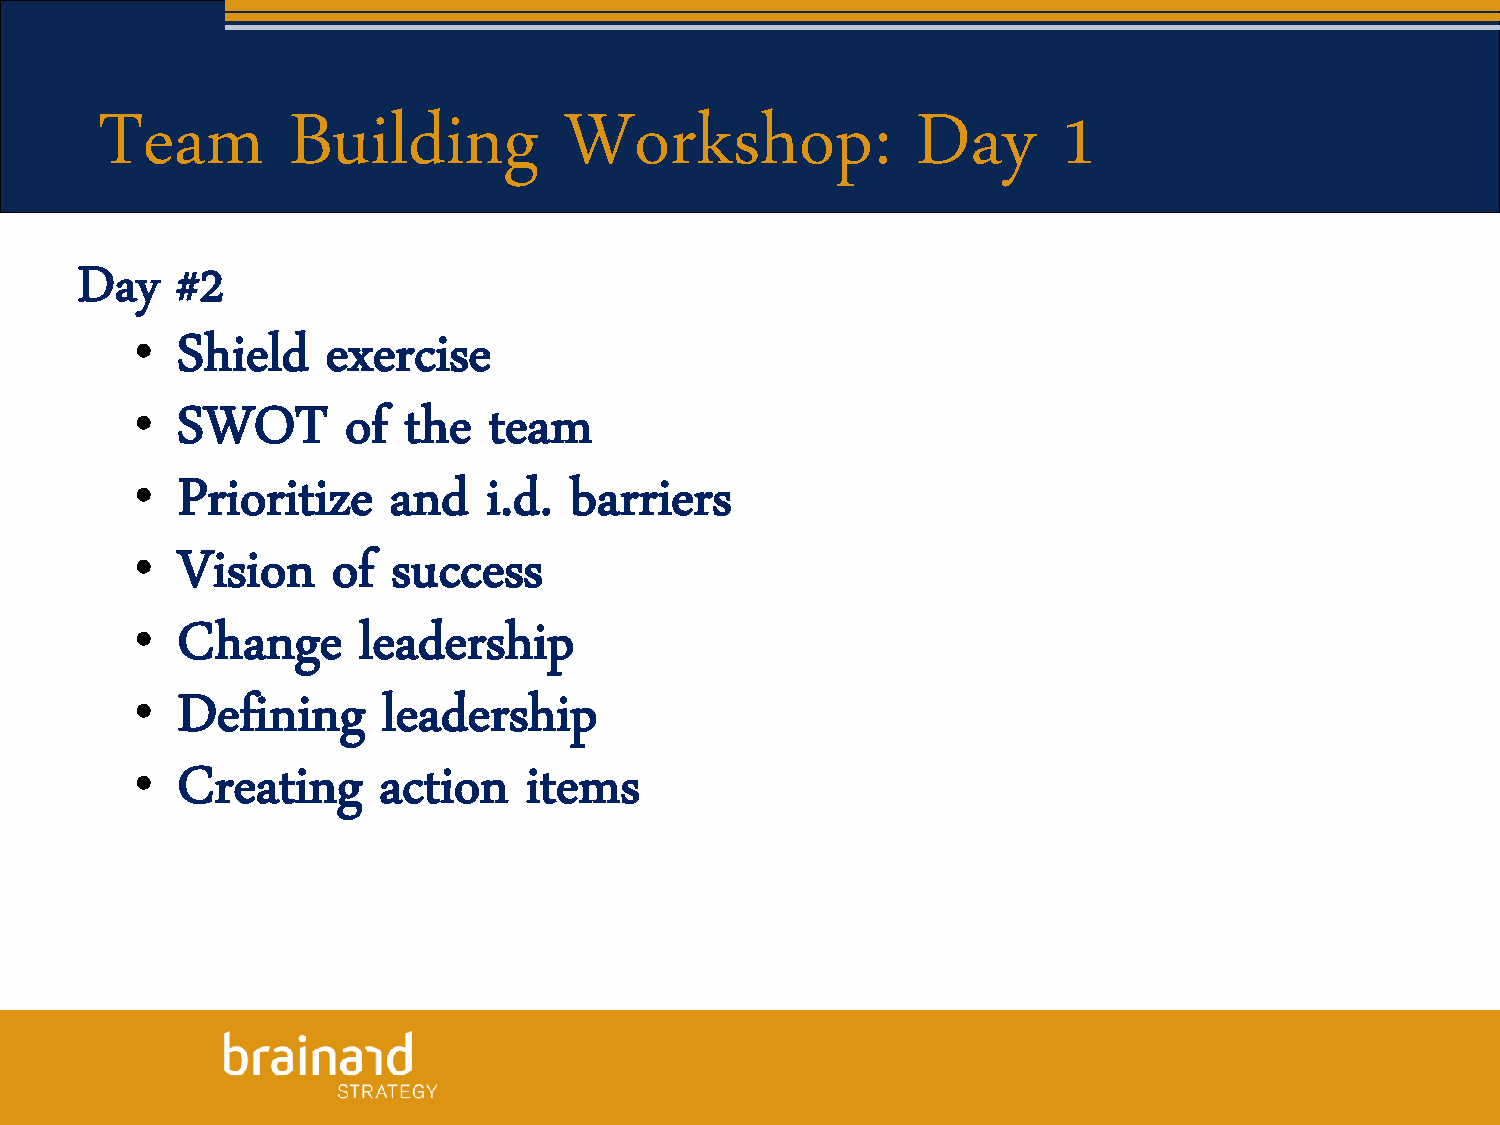
Team        Building          Workshop:               Day      1
 Day    #2
 •
 Shield    exercise
 •
 SWOT       of  the  team
 •
 Prioritize    and   i.d.  barriers
 •
 Vision    of  success
 •
 Change      leadership
 •
 Defining     leadership
 •
 Creating     action    items